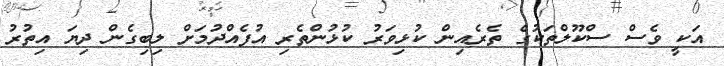
އަކީ ވެސް ސްކޫލްތަކުގެ ތެރެއިން ކުޅިވަރު ކުޅުންތެރި އުފެއްދުމަށް ލިބިގެން ދިޔަ އިތުރު